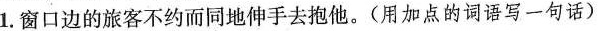
1.窗口边的旅客不约而同地伸手去抱他。(用加点的词语写一句话)